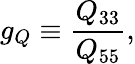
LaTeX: g_{Q}\equiv\frac{Q_{33}}{Q_{55}},